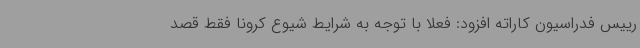
رییس فدراسیون کاراته افزود: فعلا با توجه به شرایط شیوع کرونا فقط قصد